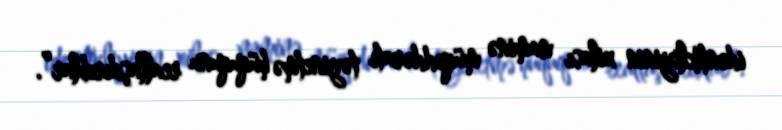
identikliyinin xilası naminə müqəddəratı təyinetmə hüququnu reallaşdırıblar”.